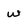
Character: w